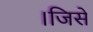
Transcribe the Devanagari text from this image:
।जिसे